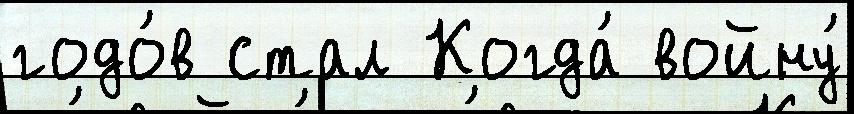
годо́в стал Когда́ войну́